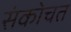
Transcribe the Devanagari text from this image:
संकोचत